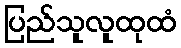
ပြည်သူလူထုထံ